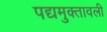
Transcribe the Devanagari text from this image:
पद्यमुक्तावली